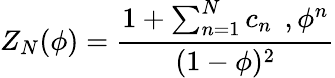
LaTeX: Z_{N}(\phi)=\frac{1+\sum_{n=1}^{N}c_{n}\, \; ,\phi^{n}}{(1-\phi)^{2}}